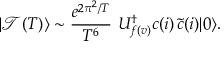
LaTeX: | \mathcal { T } ( T ) \rangle \sim \frac { e ^ { 2 \pi ^ { 2 } / T } } { T ^ { 6 } } \, \, U _ { f ( v ) } ^ { \dagger } c ( i ) \, \tilde { c } ( i ) | 0 \rangle .